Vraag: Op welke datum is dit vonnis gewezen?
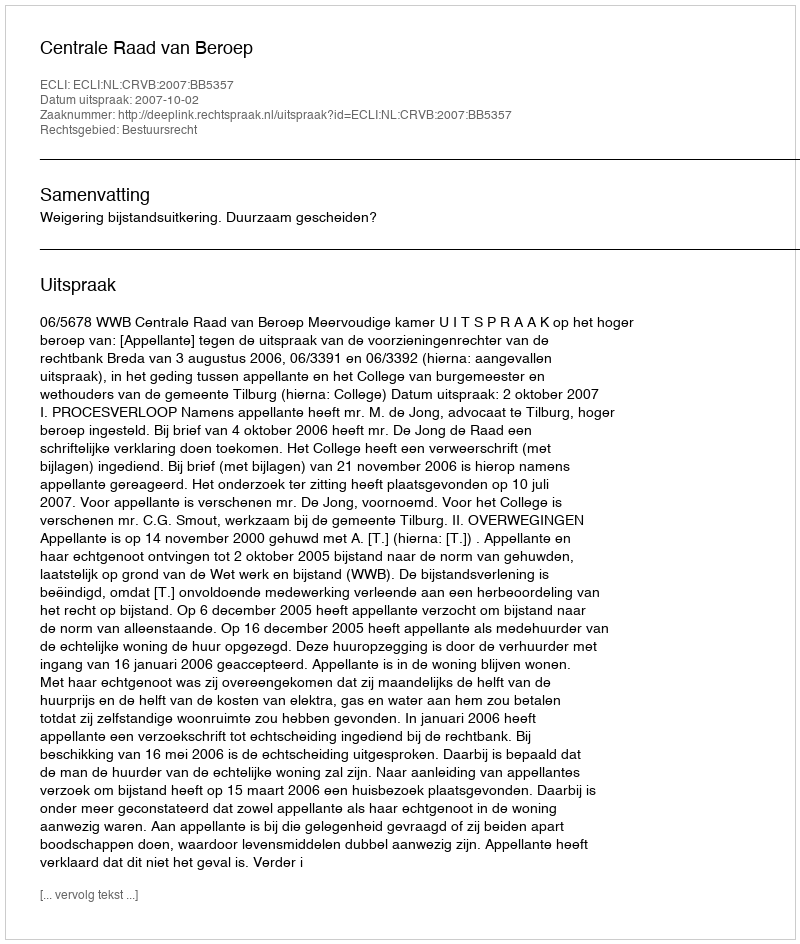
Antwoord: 2007-10-02